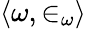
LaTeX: \langle\omega,\in_{\omega}\rangle